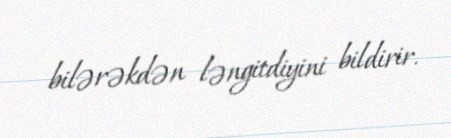
bilərəkdən ləngitdiyini bildirir.